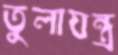
তুলাযন্ত্র